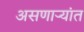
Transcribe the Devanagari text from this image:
असणाऱ्यांत